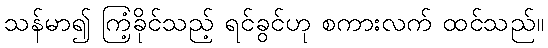
သန်မာ၍ ကြံ့ခိုင်သည့် ရင်ခွင်ဟု စကားလက် ထင်သည်။